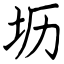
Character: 坜